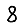
Digit: 8